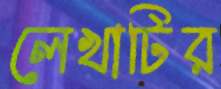
লেখাটির